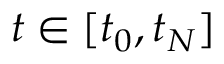
t \in [ t _ { 0 } , t _ { N } ]